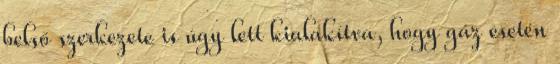
belső szerkezete is úgy lett kialakítva, hogy gáz esetén